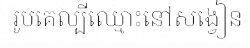
រូបគេល្បីឈ្មោះនៅសង្វៀន